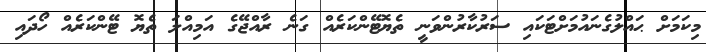
މިކަމަށް ޙައްލުގެނައުމަށްޓަކައި ސަރުކާރުންވަނީ ތެޔޮޓޭންކަރެއް ގަނެ ރާއްޖޭގެ އަމިއްލަ ތެޔޮ ޓޭންކަރެއް ހޯދައި